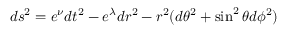
d s ^ { 2 } = e ^ { \nu } d t ^ { 2 } - e ^ { \lambda } d r ^ { 2 } - r ^ { 2 } ( d \theta ^ { 2 } + \sin ^ { 2 } \theta d \phi ^ { 2 } )